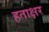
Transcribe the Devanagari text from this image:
हताक्षर